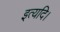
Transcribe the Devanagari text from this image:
इत्यदि।